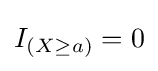
I_{(X\geq a)}=0